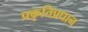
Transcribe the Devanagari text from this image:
प्रकृतिप्रधान